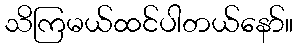
သိကြမယ်ထင်ပါတယ်နော်။